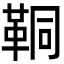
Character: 𩊗